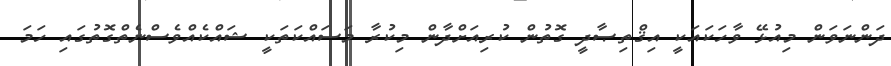
ދަންނަވަން މިއުޅޭ ވާހަކައަކީ އިޤްތިޞާދީ ގޮތުން ކުރިއަށްދާން މިކުރާ މަސައްކަތަކީ ޝައްކެއްވެސްނެތްގޮތުގައި ހަމަ